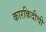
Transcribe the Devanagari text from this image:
कारकिदीची